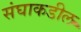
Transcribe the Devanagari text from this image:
संघाकडील